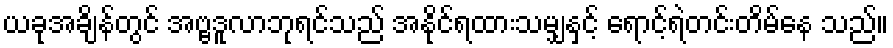
ယခုအချိန်တွင် အဗ္ဗဒူလာဘုရင်သည် အနိုင်ရထားသမျှနှင့် ရောင့်ရဲတင်းတိမ်နေ သည်။